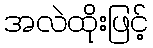
အလဲထိုးဖြင့်